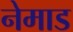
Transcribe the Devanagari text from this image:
नेमाड